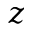
z